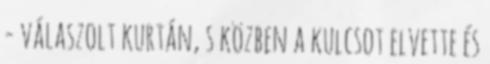
- válaszolt kurtán, s közben a kulcsot elvette és